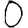
Digit: 0